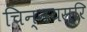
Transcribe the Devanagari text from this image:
चिन्नयसूरि